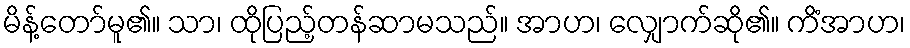
မိန့်တော်မူ၏။ သာ၊ ထိုပြည့်တန်ဆာမသည်။ အာဟ၊ လျှောက်ဆို၏။ ကိံအာဟ၊